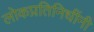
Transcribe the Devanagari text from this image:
लोकप्रतिनिधींनी